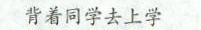
背着同学去上学